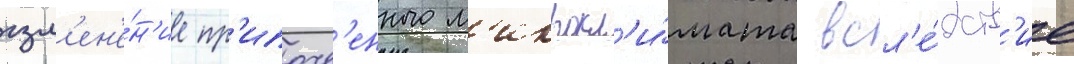
изм'ен'е́н'ие пр'ипочв'енного м'икрокл'и́мата всл'е́дств'ие